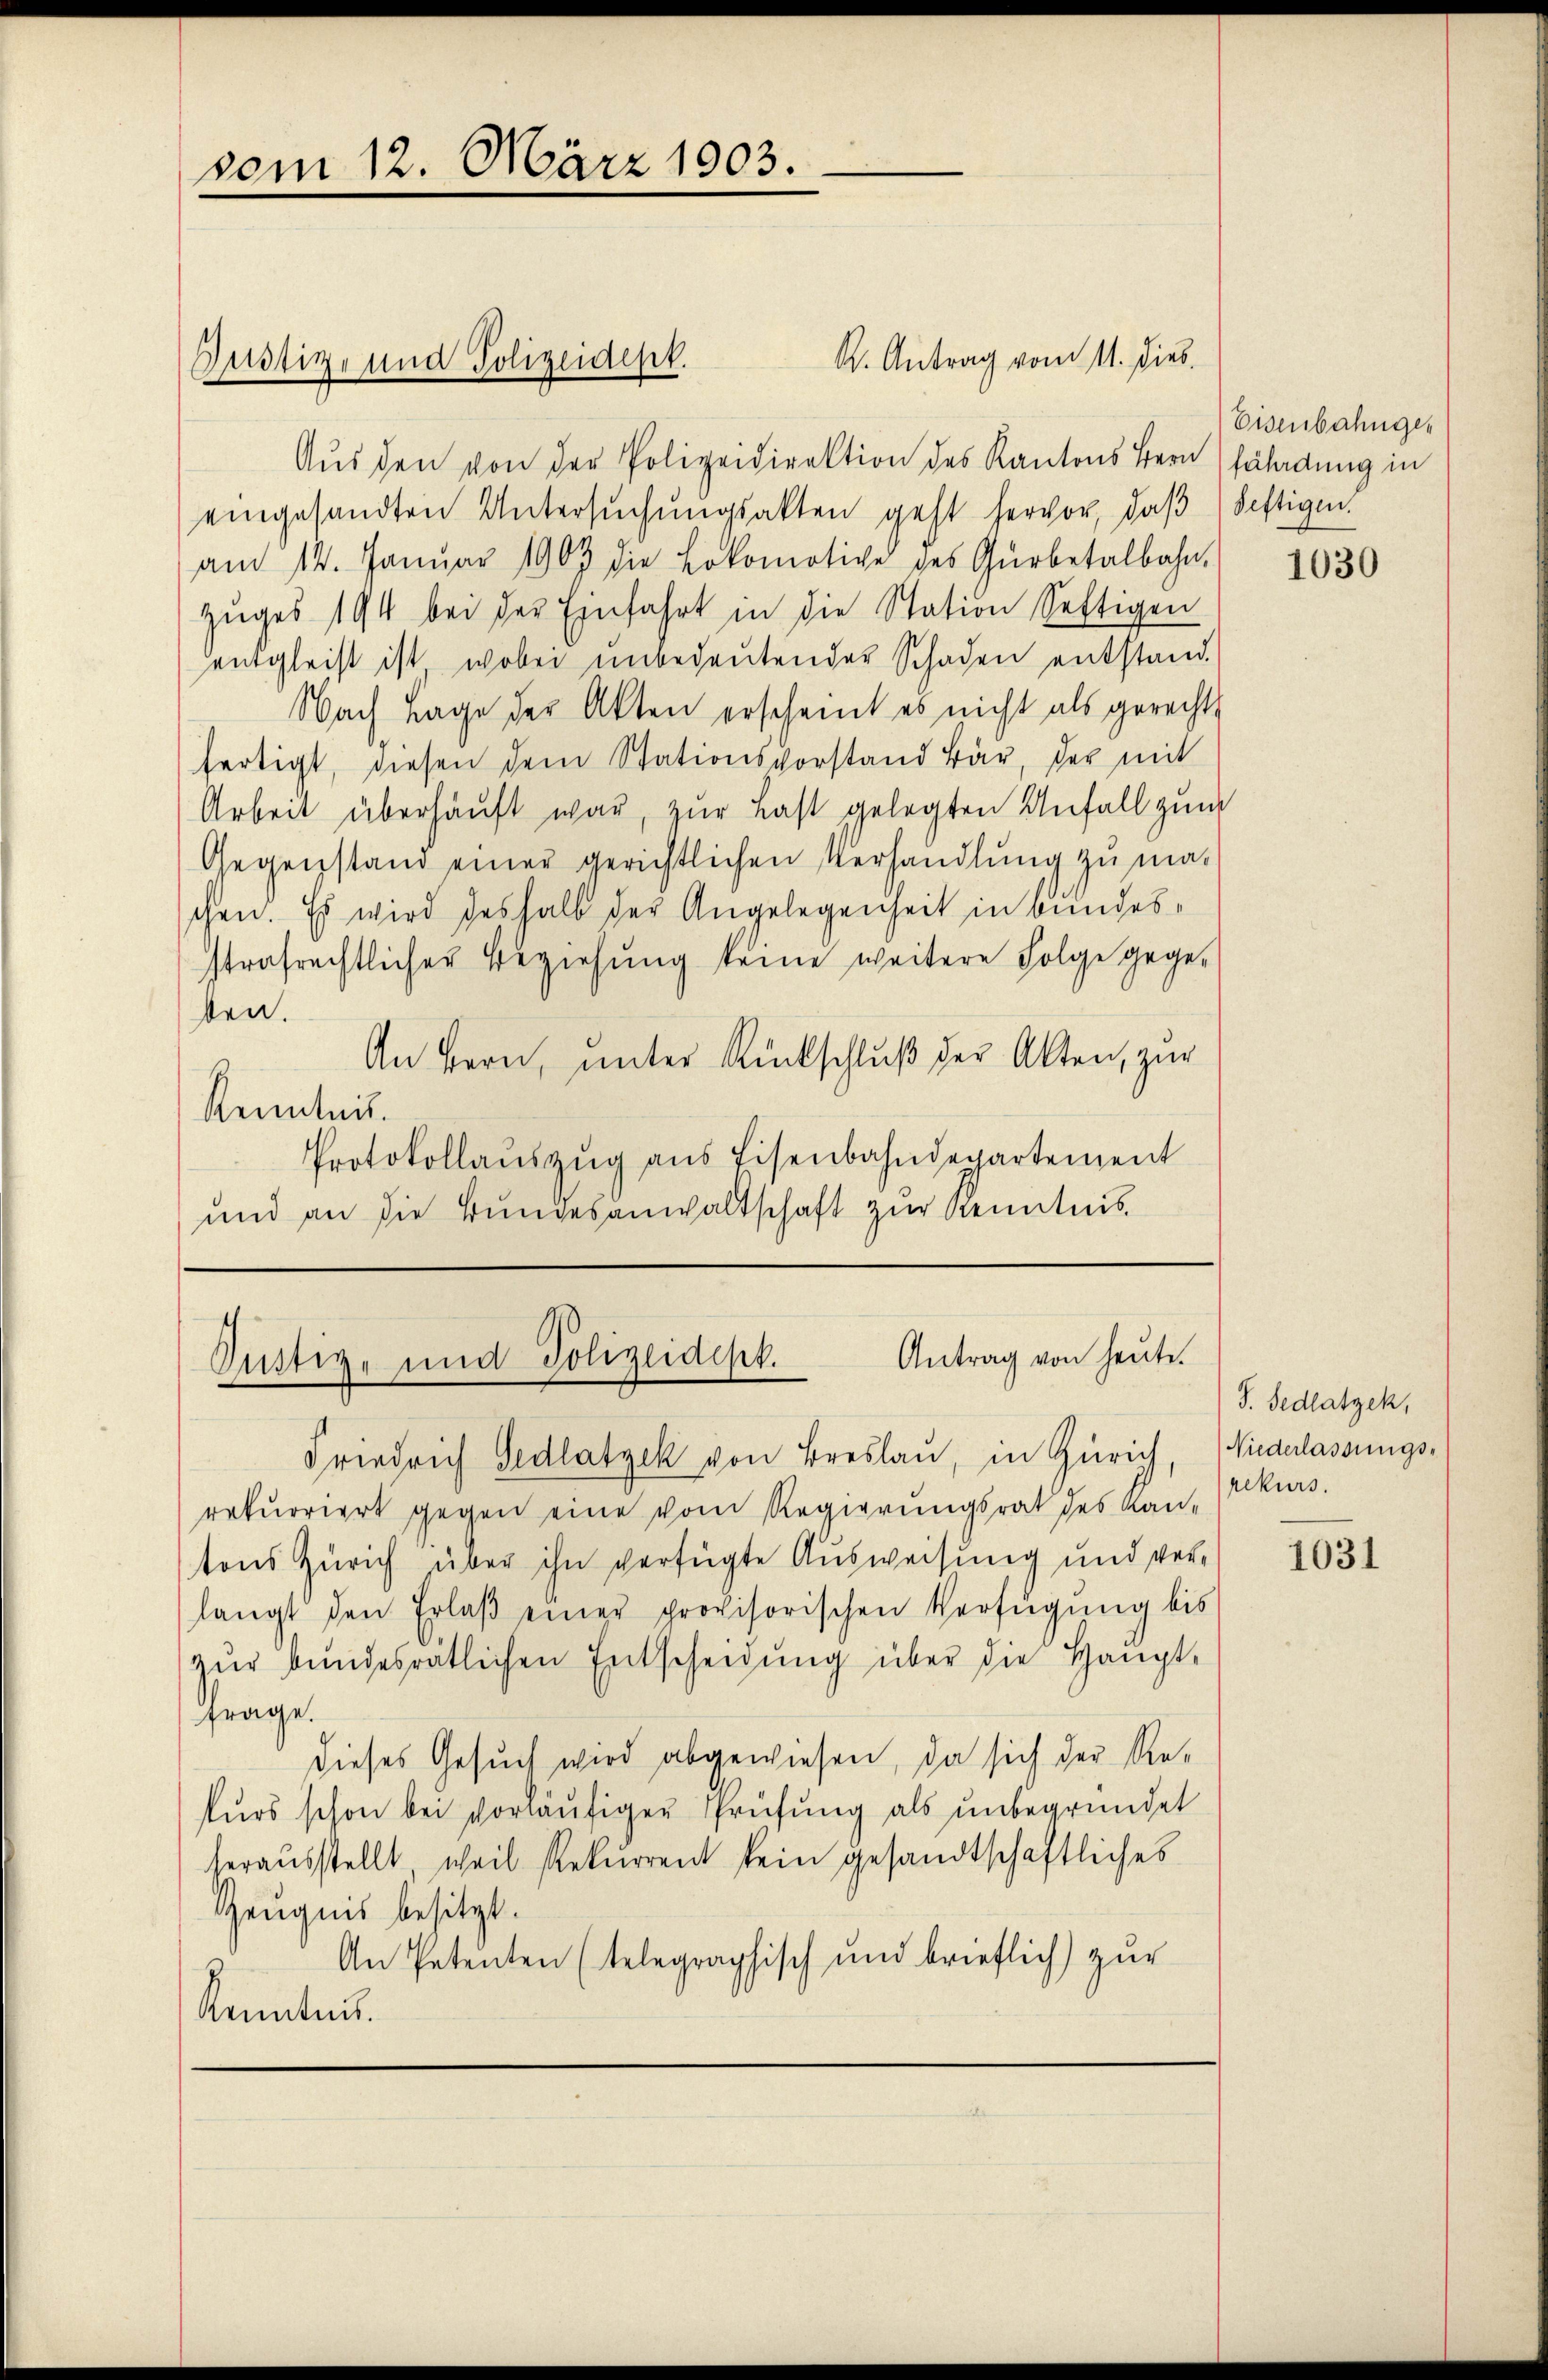
vom 12. März 1903.

R. Antrag vom 11. Dies
Aus den von der Polizeidirektion des Kantons Bern fährdung in
eingesandten Untersuchungsakten geht hervor, daß Seftigen
am 14. Janŭar 1903 die Lokomotive des Gŭrbetalbahn,
zŭges 194 bei der Einfahrt in die Station Seftigen
entgleist ist, wobei unbedeŭtender Schaden entstand.
Nach Lage der Akten erscheint es nicht als gerechts
fertigt, diesen dem Stationsvorstand Bär, der mit
Arbeit überhauft war, zur Last gelegten Anfall zum
Gegenstand einer gerichtlichen Verhandlung zu maschen. Es wird deshalb der Angelegenheit in bundesstrafrechtlicher Beziehung keine weitere Folge gegesten.
An Hern, unter Rückschluß der Alten, zur
Renntni
Protokollauszug aus Eisenbahndepartement
und an die Bŭndesanwaltschaft zŭr Kenntnis

Justiz- und Polizeidest.

Antrag von heute.
Justiz- und Polizeidept.

Friedrich Gedlatzek von Breslau, in Zürich,
rekurriert gegen eine vom Regierungsrat des Kantons Zürich über ihn verfügte Ausweisung und verlangt den Erlaβ einer provisorischen Verfügung bis
zŭr bundesrätlichen Entscheidŭng über die Haupt-
frage.
dieses Gesuch wird abgewiesen, da sich der Rekurs schon bei vorläufigen Prüfung als unbegründet
herausstellt, weil Rekurrent kein gesandtschaftliches
Zeugnis besitzt.
An Petenten (telegraphisch und brieflich zur
Kenntnis.

Eisenbahnges

1030

S. Sedlatzek,
Niederlassungs-
rekurs.

1031